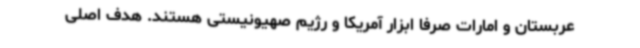
عربستان و امارات صرفا ابزار آمریکا و رژیم صهیونیستی هستند. هدف اصلی